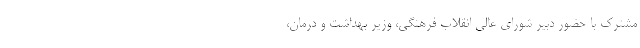
مشترک با حضور دبیر شورای عالی انقلاب فرهنگی، وزیر بهداشت و درمان،